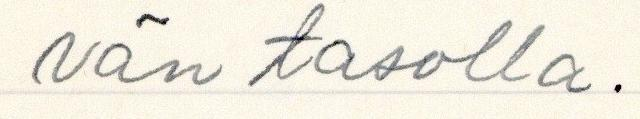
vän tasolla.